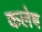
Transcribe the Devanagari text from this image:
कलेष